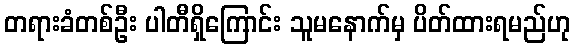
တရားခံတစ်ဦး ပါတီရှိကြောင်း သူမနောက်မှ ပိတ်ထားရမည်ဟု